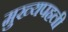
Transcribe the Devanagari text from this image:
मुख्यपहली